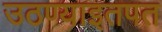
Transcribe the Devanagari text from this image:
उठण्याइतपत